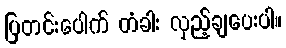
ပြတင်းပေါက် တံခါး လှည့်ချပေးပါ။